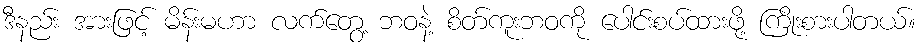
ဒီနည်း အားဖြင့် မိန်းမဟာ လက်တွေ့ ဘဝနဲ့ စိတ်ကူးဘဝကို ပေါင်းစပ်ထားဖို့ ကြိုးစားပါတယ်။